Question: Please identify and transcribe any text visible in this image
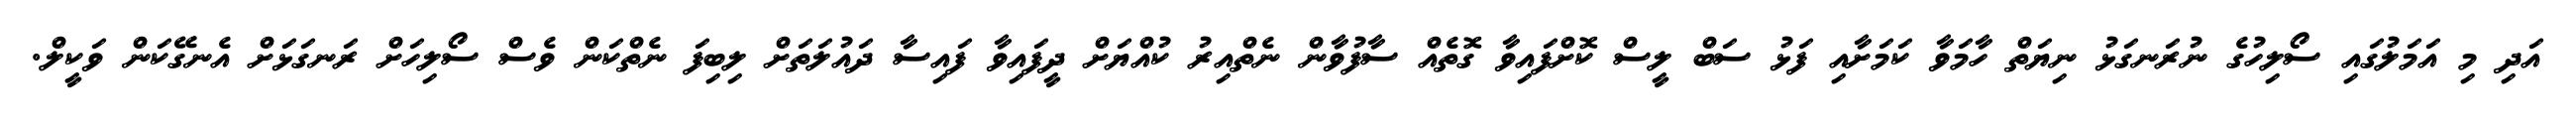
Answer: އަދި މި އަމަލުގައި ސޯލިހުގެ ނުރަނގަޅު ނިޔަތް ހާމަވާ ކަމަށާއި ފަޅު ސަބް ލީސް ކޮށްފައިވާ ގޮތެއް ސާފުވާން ނެތްއިރު ކުއްޔަށް ދީފައިވާ ފައިސާ ދައުލަތަށް ލިބިފަ ނެތްކަން ވެސް ސޯލިހަށް ރަނގަޅަށް އެނގޭކަން ވަކީލް.